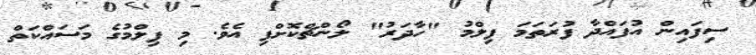
ސިފައިން އުފައްދާ ފުރަތަމަ ފިލްމު "ހާދަރު" ލޯންޗްކޮށްފި އެވެ. މި ފިލްމުގެ މަސައްކަތް